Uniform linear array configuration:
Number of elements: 64
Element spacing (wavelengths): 0.25
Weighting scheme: hamming
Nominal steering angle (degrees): -30
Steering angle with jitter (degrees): -30.742
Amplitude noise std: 0.05
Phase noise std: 0.05

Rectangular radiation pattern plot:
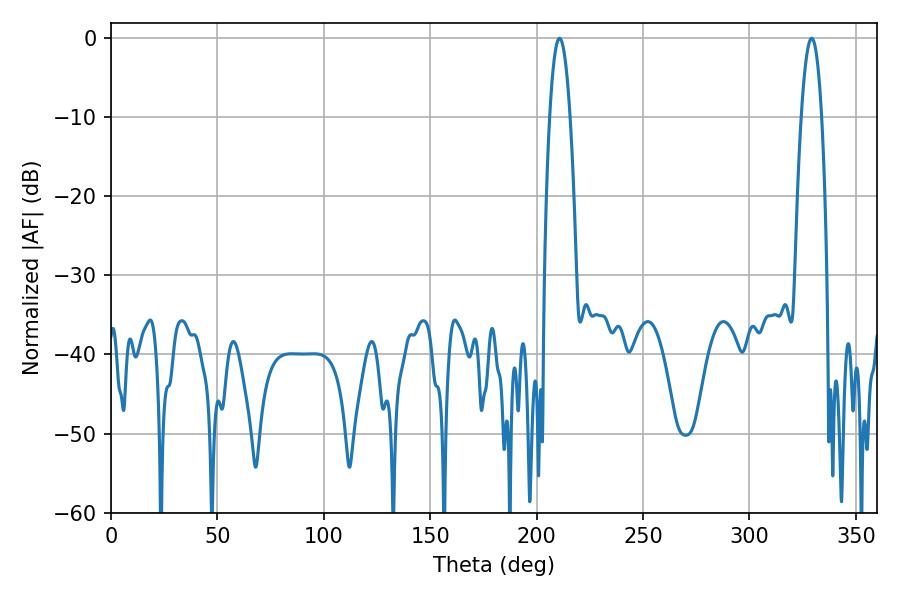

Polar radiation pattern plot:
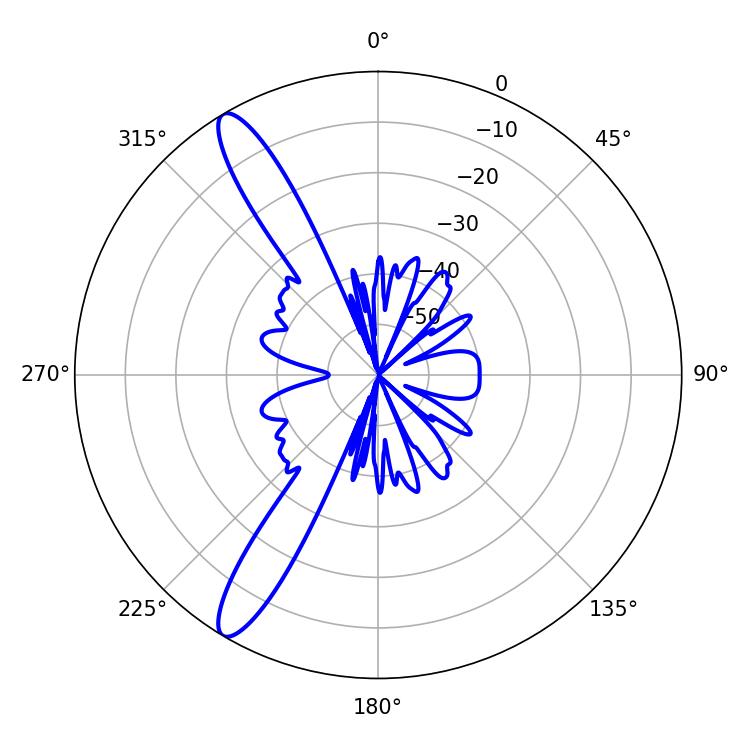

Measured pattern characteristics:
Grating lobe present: FALSE
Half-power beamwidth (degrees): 5.4
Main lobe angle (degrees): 329.22